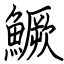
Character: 鱖